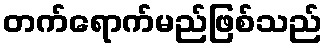
တက်ရောက်မည်ဖြစ်သည်